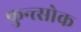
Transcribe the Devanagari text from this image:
फुन्त्सोक